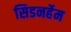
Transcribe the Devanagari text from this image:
सिडनर्हेम